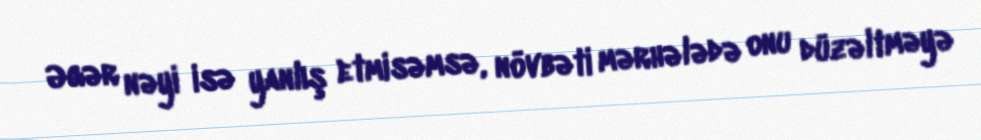
Əgər nəyi isə yanlış etmisəmsə, növbəti mərhələdə onu düzəltməyə